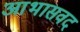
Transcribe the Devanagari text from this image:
आभासवद